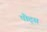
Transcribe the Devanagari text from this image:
पौट्स